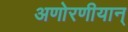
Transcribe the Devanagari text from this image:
अणोरणीयान्‌